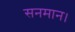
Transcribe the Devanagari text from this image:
सनमान।